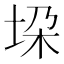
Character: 垜